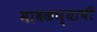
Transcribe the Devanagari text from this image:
मावळण्याची